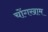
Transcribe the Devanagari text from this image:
चोंगखाम